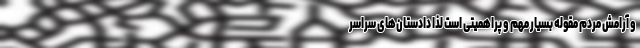
و آرامش مردم مقوله بسیار مهم و پراهمیتی است لذا دادستان‌های سراسر